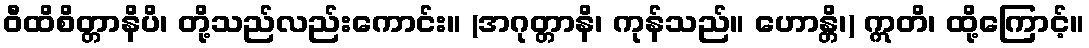
ဝီထိစိတ္တာနိပိ၊ တို့သည်လည်းကောင်း။ (အဂုတ္တာနိ၊ ကုန်သည်။ ဟောန္တိ၊) ဣတိ၊ ထို့ကြောင့်။